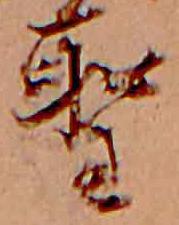
聖